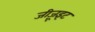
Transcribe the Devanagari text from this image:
जीज़ूइट